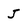
Character: J